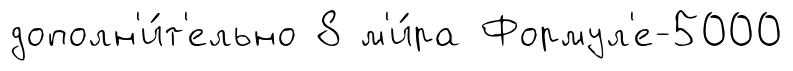
дополн'и́т'ельно 8 м'и́ра Формул'е-5000